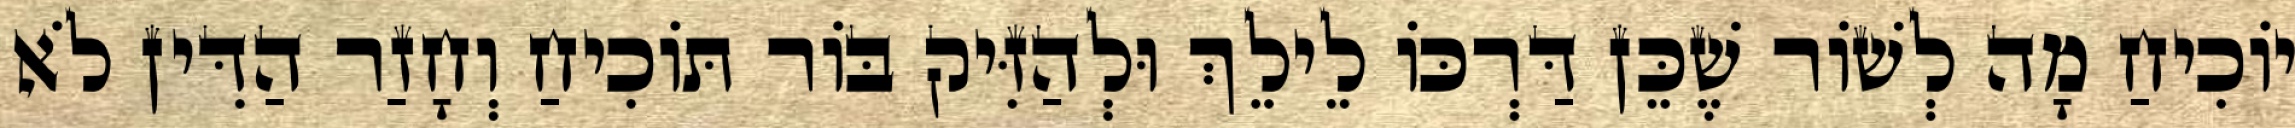
יוֹכִיחַ מָה לְשׁוֹר שֶׁכֵּן דַּרְכּוֹ לֵילֵךְ וּלְהַזִּיק בּוֹר תּוֹכִיחַ וְחָזַר הַדִּין לֹא